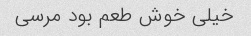
خیلی خوش طعم بود مرسی